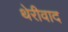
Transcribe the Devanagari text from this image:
थेरीवाद